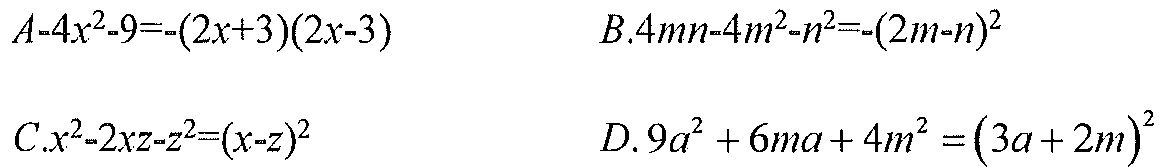
\(A.-4x^{2}-9=-(2x + 3)(2x - 3)\quad B.4mn-4m^{2}-n^{2}=-(2m - n)^{2}\)
\(C.x^{2}-2xz - z^{2}=(x - z)^{2}\quad D.9a^{2}+6ma + 4m^{2}=(3a + 2m)^{2}\)